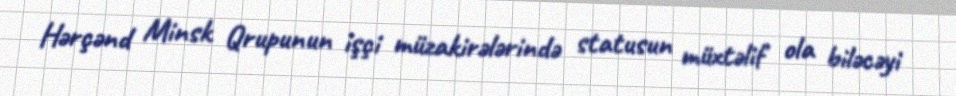
Hərçənd Minsk Qrupunun işçi müzakirələrində statusun müxtəlif ola biləcəyi